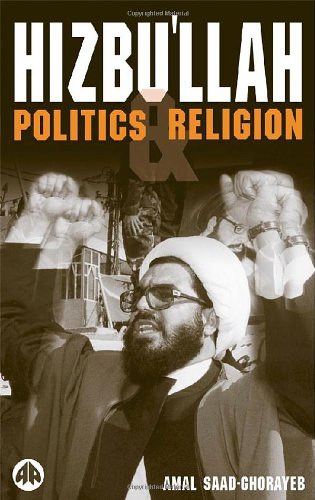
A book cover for Hizbu'llah: Politics and Religion (Critical Studies on Islam); Amal Saad-Ghorayeb; History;